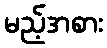
မည့်အစား